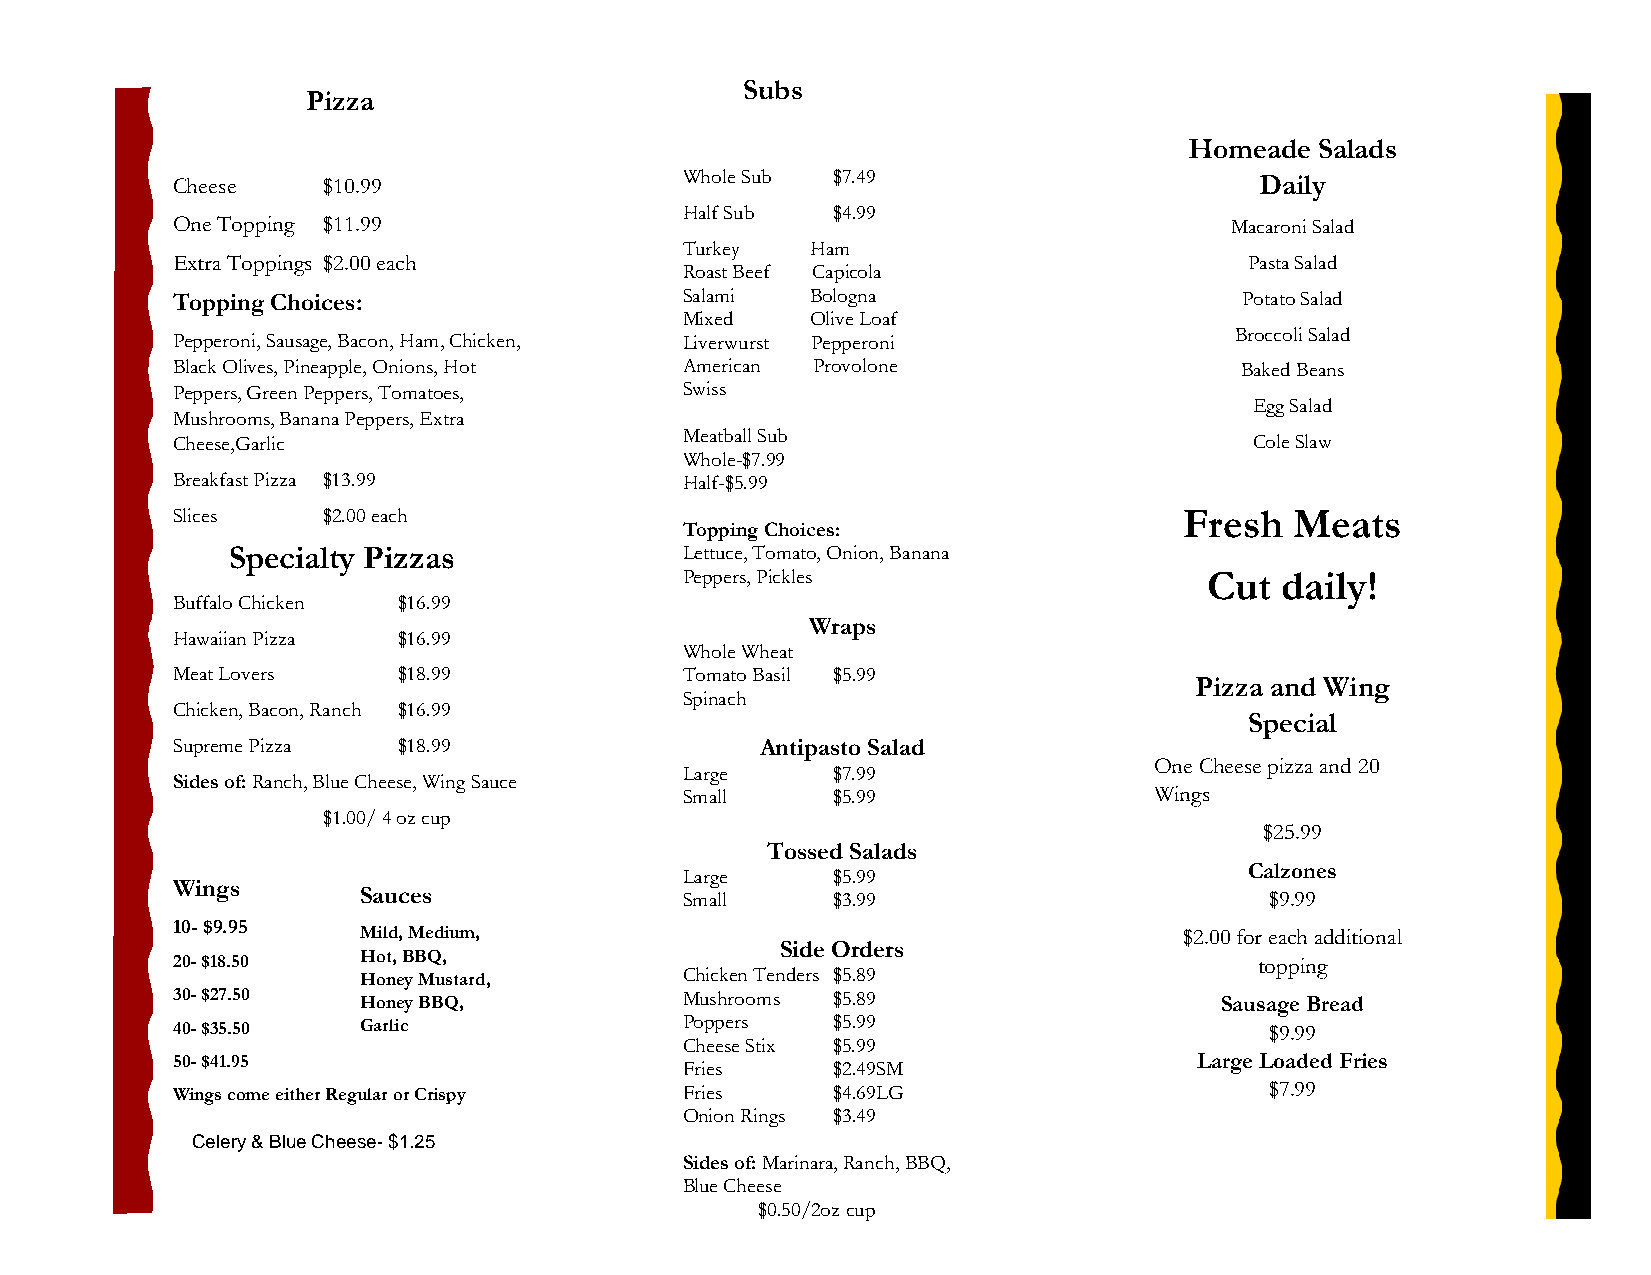
Subs
 Pizza
 Homeade Salads
 Cheese    $10.99                  Whole Sub $7.49                       Daily
 Half Sub  $4.99
 One Topping $11.99                                                    Macaroni Salad
 Turkey   Ham
 Extra Toppings $2.00 each                                               Pasta Salad
 Roast Beef Capicola
 Topping Choices:                  Salami   Bologna                     Potato Salad
 Mixed    Olive Loaf
 Broccoli Salad
 Pepperoni, Sausage, Bacon, Ham, Chicken, Liverwurst Pepperoni
 Black Olives, Pineapple, Onions, Hot American Provolone                Baked Beans
 Peppers, Green Peppers, Tomatoes, Swiss
 Egg Salad
 Mushrooms, Banana Peppers, Extra
 Cheese,Garlic                     Meatball Sub                          Cole Slaw
 Whole-$7.99
 Breakfast Pizza $13.99            Half-$5.99
 Slices    $2.00 each                                               Fresh   Meats
 Topping Choices:
 Specialty Pizzas              Lettuce, Tomato, Onion, Banana
 Peppers, Pickles                   Cut  daily!
 Buffalo Chicken $16.99
 Wraps
 Hawaiian Pizza $16.99
 Whole Wheat
 Meat Lovers    $18.99             Tomato Basil $5.99
 Pizza and Wing
 Spinach
 Chicken, Bacon, Ranch $16.99
 Special
 Supreme Pizza  $18.99                  Antipasto Salad
 One Cheese pizza and 20
 Large     $7.99
 Sides of: Ranch, Blue Cheese, Wing Sauce
 Small     $5.99                Wings
 $1.00/ 4 oz cup
 $25.99
 Tossed Salads
 Calzones
 Large     $5.99
 Wings
 Sauces               Small     $3.99                        $9.99
 10- $9.95
 Mild, Medium,                                         $2.00 for each additional
 Side Orders
 20- $18.50   Hot, BBQ,                                                  topping
 Honey Mustard,       Chicken Tenders $5.89
 30- $27.50   Honey BBQ,           Mushrooms $5.89                     Sausage Bread
 40- $35.50   Garli c              Poppers   $5.99                        $9.99
 Cheese Stix $5.99
 50- $41.95                                                          Large Loaded Fries
 Fries     $2.49SM
 Wings come either Regular or Crispy Fries   $4.69LG                      $7.99
 Onion Rings $3.49
 Celery & Blue Cheese- $1.25
 Sides of: Marinara, Ranch, BBQ,
 Blue Cheese
 $0.50/2oz cup